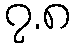
၇.၈